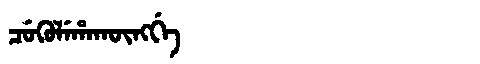
Manchu: ᠴᡠᡴᡠᠯᡝᡥᠠᡴᡡᠩᡤᡝ
Romanization: CUKULEHAKŪNGGE